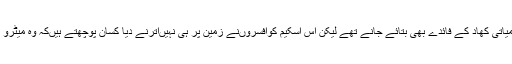
اس کے ساتھ ہی کسانوںکو گوبر اور نامیاتی کھاد کے فائدے بھی بتائے جانے تھے لیکن اس اسکیم کوافسروںنے زمین پر ہی نہیںاترنے دیا کسان پوچھتے ہیںکہ وہ میٹرو ریل کھائیں یا ایکسپریس وے چبا جائیں۔